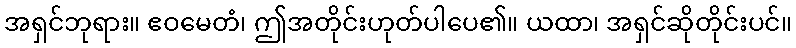
အရှင်ဘုရား။ ဧဝမေတံ၊ ဤအတိုင်းဟုတ်ပါပေ၏။ ယထာ၊ အရှင်ဆိုတိုင်းပင်။